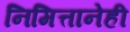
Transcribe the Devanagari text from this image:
निमित्तानेही